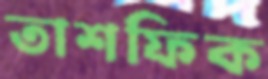
তাশফিক